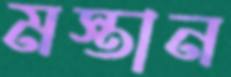
মস্তান